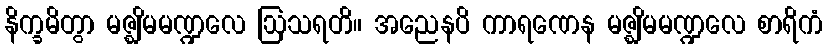
နိက္ခမိတွာ မဇ္ဈိမမဏ္ဍလေ ဩသရတိ။ အညေနပိ ကာရဏေန မဇ္ဈိမမဏ္ဍလေ စာရိကံ